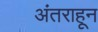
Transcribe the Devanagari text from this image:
अंतराहून